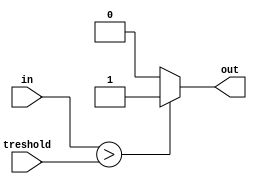
module activation(

    input [7:0] in,
    input [7:0] treshold,
    output reg out
);

always@(*)
begin

    if(in>treshold)
    begin
        out=1'b1;
    end
    else
    begin
        out=1'b0;
    end

end

endmodule